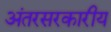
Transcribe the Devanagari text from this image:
अंतरसरकारीय